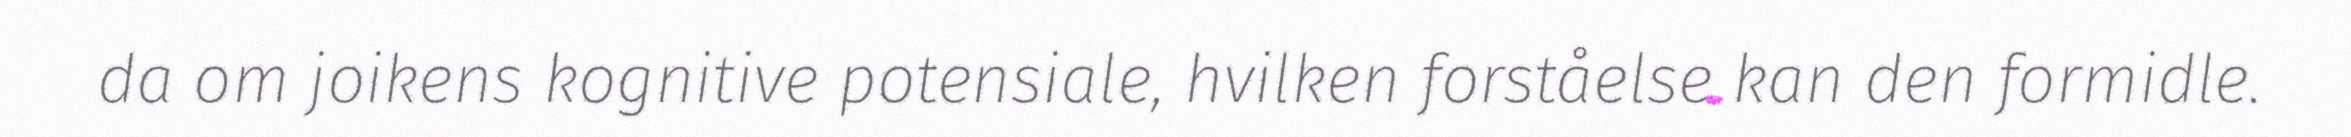
da om joikens kognitive potensiale, hvilken forståelse kan den formidle.